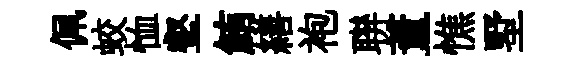
佩蛟恤壑鮪繕袍聨董憔墅